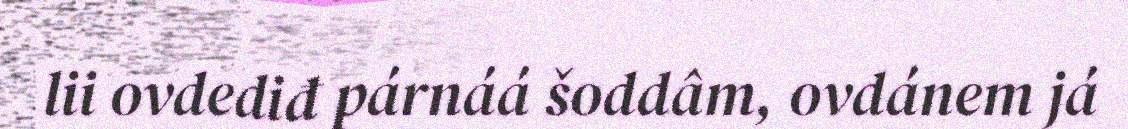
lii ovdediđ párnáá šoddâm, ovdánem já